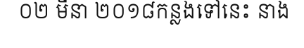
០២ មីនា ២០១៨កន្លងទៅនេះ នាង